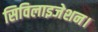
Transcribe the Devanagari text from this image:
सिविलाइजेशन।